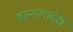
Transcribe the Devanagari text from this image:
बान्गलादेश